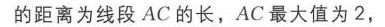
图中内容已按要求以标准LATEX格式回复如上，未做额外内容回复。